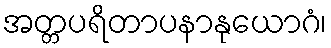
အတ္တပရိတာပနာနုယောဂံ၊